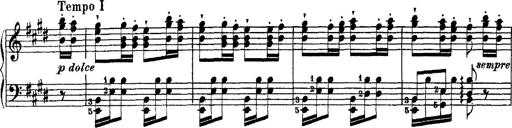
Title: Ã‰tudes d'exÃ©cution transcendante d'aprÃ¨s Paganini
Composer: Franz Liszt